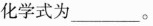
化学式为_________。